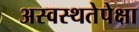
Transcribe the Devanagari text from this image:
अस्वस्थतेपेक्षा